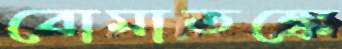
বোমাতঙ্কে